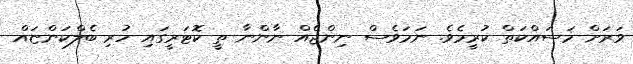
ވަރަށް މަސައްކަތް ކުރީމެވެ. ނަމަވެސް ނިންޖެއް ނާންނާ ތީ ކޮޓަރީގައި ހުރި ބެލްކަންޏައް